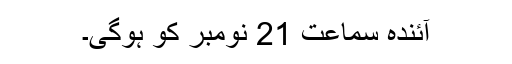
آئندہ سماعت 21 نومبر کو ہوگی۔